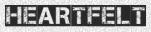
HEARTFELT